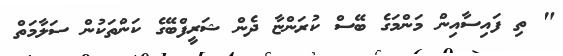
" ތި ފައިސާއިން މަންމަގެ ބޭސް ކުރަންޏާ ދެން ޝަރީފްބޭގެ ކަންތަކުން ސަލާމަތް